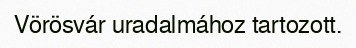
Vörösvár uradalmához tartozott.